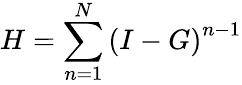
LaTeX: H=\sum_{n=1}^{N}{{{\left({I-G}\right)}^{n-1}}}